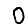
Digit: 0